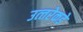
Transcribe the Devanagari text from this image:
उत्‍तरेकडे